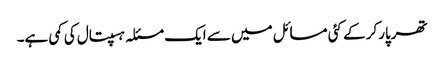
تھرپارکر کے کئی مسائل میں سے ایک مسئلہ ہسپتال کی کمی ہے۔